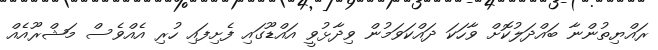
ރައްޔިތުންނާ ބައްދަލުކޮށް ވާހަކަ ދައްކަވަމުން ވިދާޅުވީ އައްޑޫގައި ފެށިފައި ހުރި އެއްވެސް މަޝްރޫއެއް